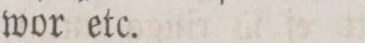
wor etc.